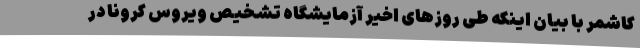
کاشمر با بیان اینکه طی روزهای اخیر آزمایشگاه تشخیص ویروس کرونا در